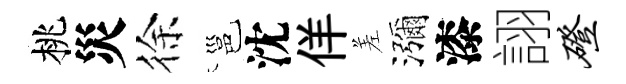
桃災徐邕沈佯差瀰漆詡磴